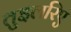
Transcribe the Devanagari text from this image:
तुइलरिए